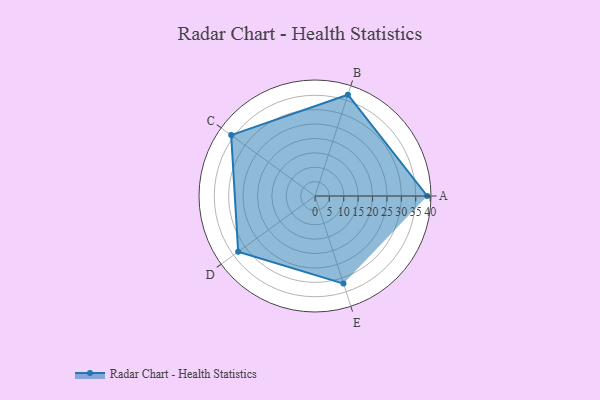
{"axis": {"x": "Skill", "y": "Score"}, "legend": ["Profile"], "data": [{"x": "A", "y": 39.0, "type": "Profile"}, {"x": "B", "y": 37.0, "type": "Profile"}, {"x": "C", "y": 36.0, "type": "Profile"}, {"x": "D", "y": 33.0, "type": "Profile"}, {"x": "E", "y": 32.0, "type": "Profile"}]}